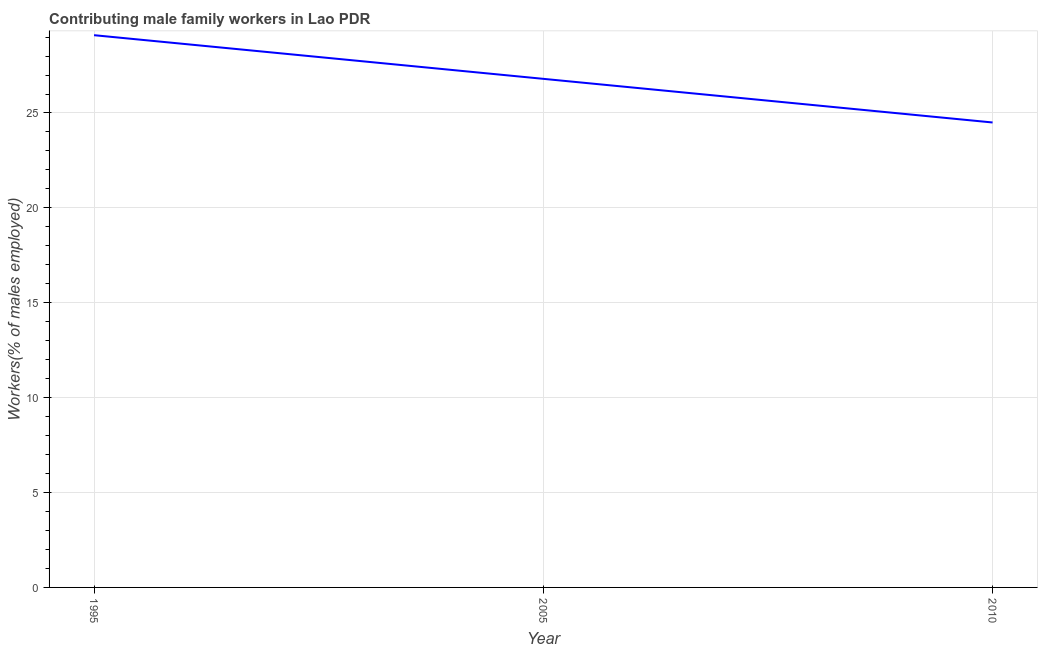
| Year | Contributing family workers |
 | --- | --- |
 | 1995 | 29.1 |
 | 2005 | 26.8 |
 | 2010 | 24.5 |